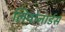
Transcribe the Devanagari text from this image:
लियोनार्डस